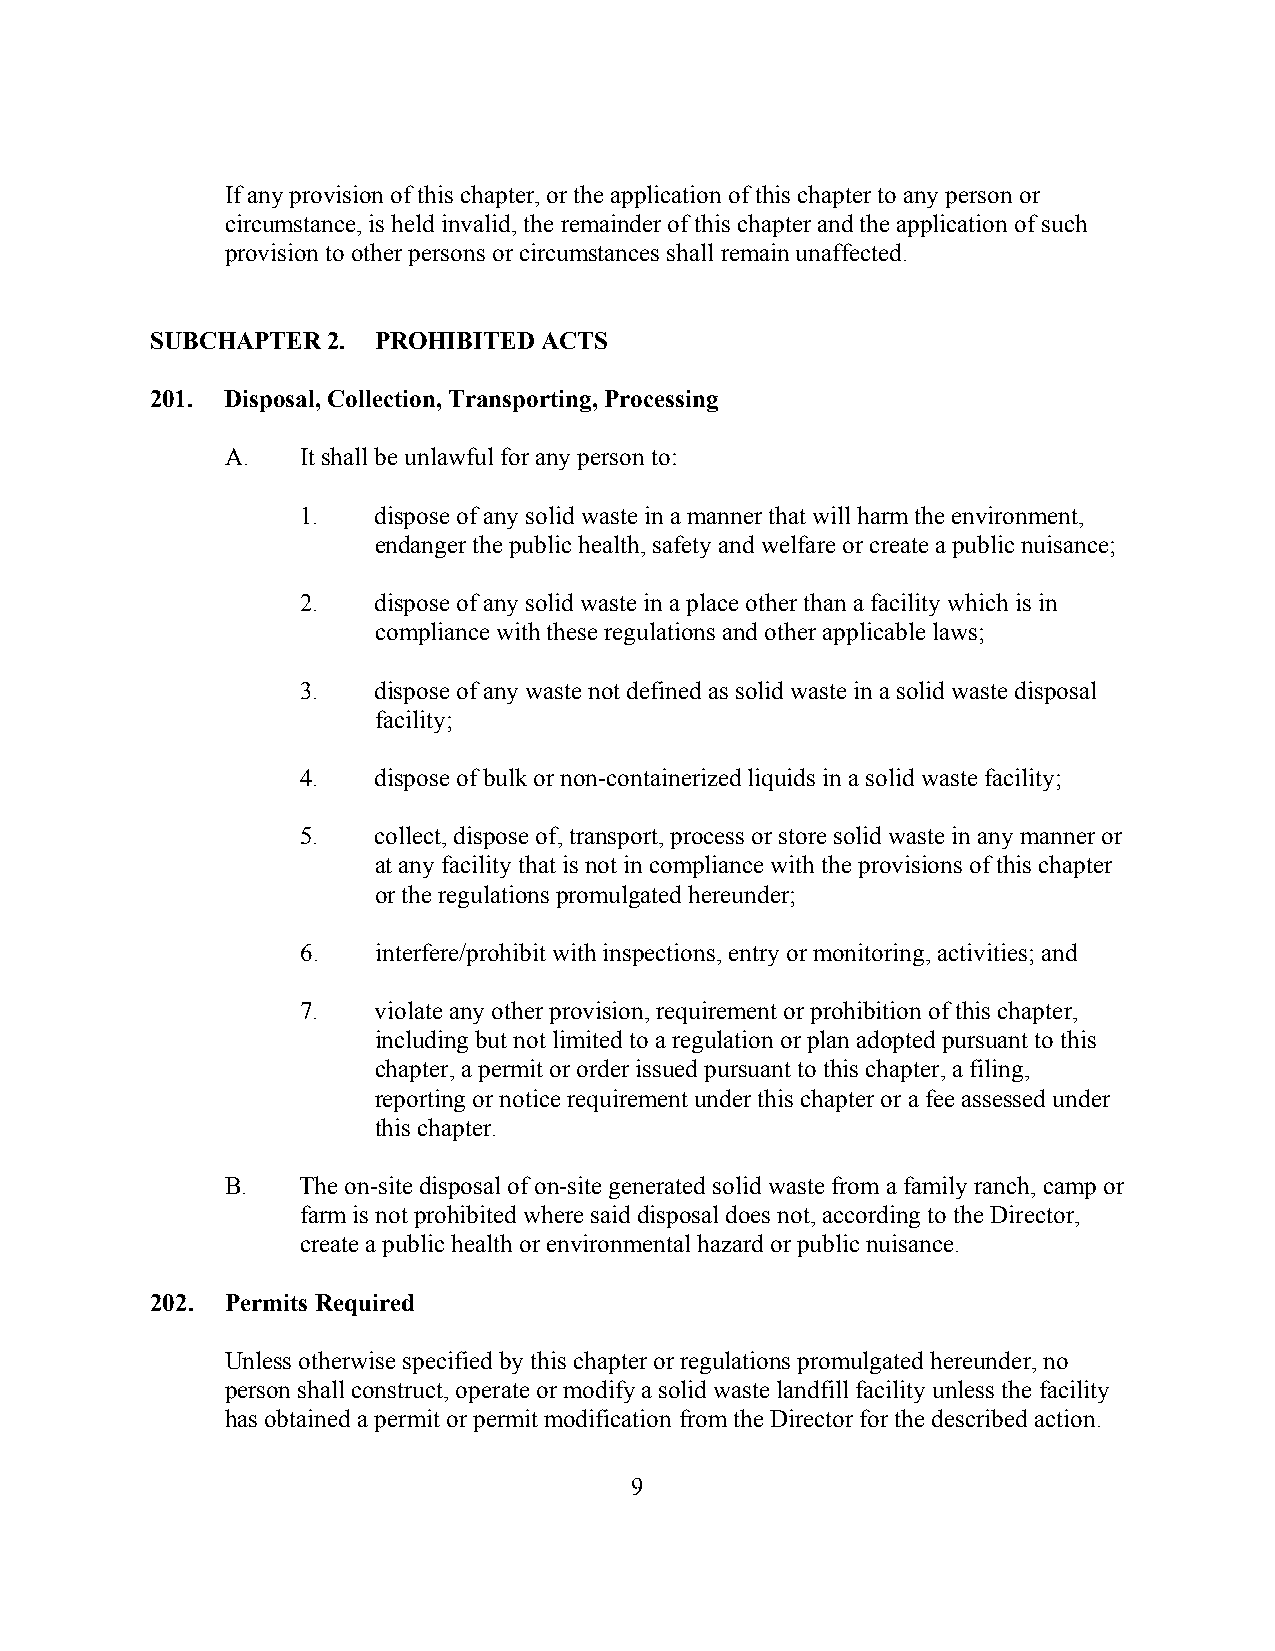
If any provision of this chapter, or the application of this chapter to any person or
 circumstance, is held invalid, the remainder of this chapter and the application of such
 provision to other persons or circumstances shall remain unaffected.
 SUBCHAPTER  2. PROHIBITED ACTS
 201. Disposal, Collection, Transporting, Processing
 A.   It shall be unlawful for any person to:
 1.   dispose of any solid waste in a manner that will harm the environment,
 endanger the public health, safety and welfare or create a public nuisance;
 2.   dispose of any solid waste in a place other than a facility which is in
 compliance with these regulations and other applicable laws;
 3.   dispose of any waste not defined as solid waste in a solid waste disposal
 facility;
 4.   dispose of bulk or non-containerized liquids in a solid waste facility;
 5.   collect, dispose of, transport, process or store solid waste in any manner or
 at any facility that is not in compliance with the provisions of this chapter
 or the regulations promulgated hereunder;
 6.   interfere/prohibit with inspections, entry or monitoring, activities; and
 7.   violate any other provision, requirement or prohibition of this chapter,
 including but not limited to a regulation or plan adopted pursuant to this
 chapter, a permit or order issued pursuant to this chapter, a filing,
 reporting or notice requirement under this chapter or a fee assessed under
 this chapter.
 B.   The on-site disposal of on-site generated solid waste from a family ranch, camp or
 farm is not prohibited where said disposal does not, according to the Director,
 create a public health or environmental hazard or public nuisance.
 202. Permits Required
 Unless otherwise specified by this chapter or regulations promulgated hereunder, no
 person shall construct, operate or modify a solid waste landfill facility unless the facility
 has obtained a permit or permit modification from the Director for the described action.
 9